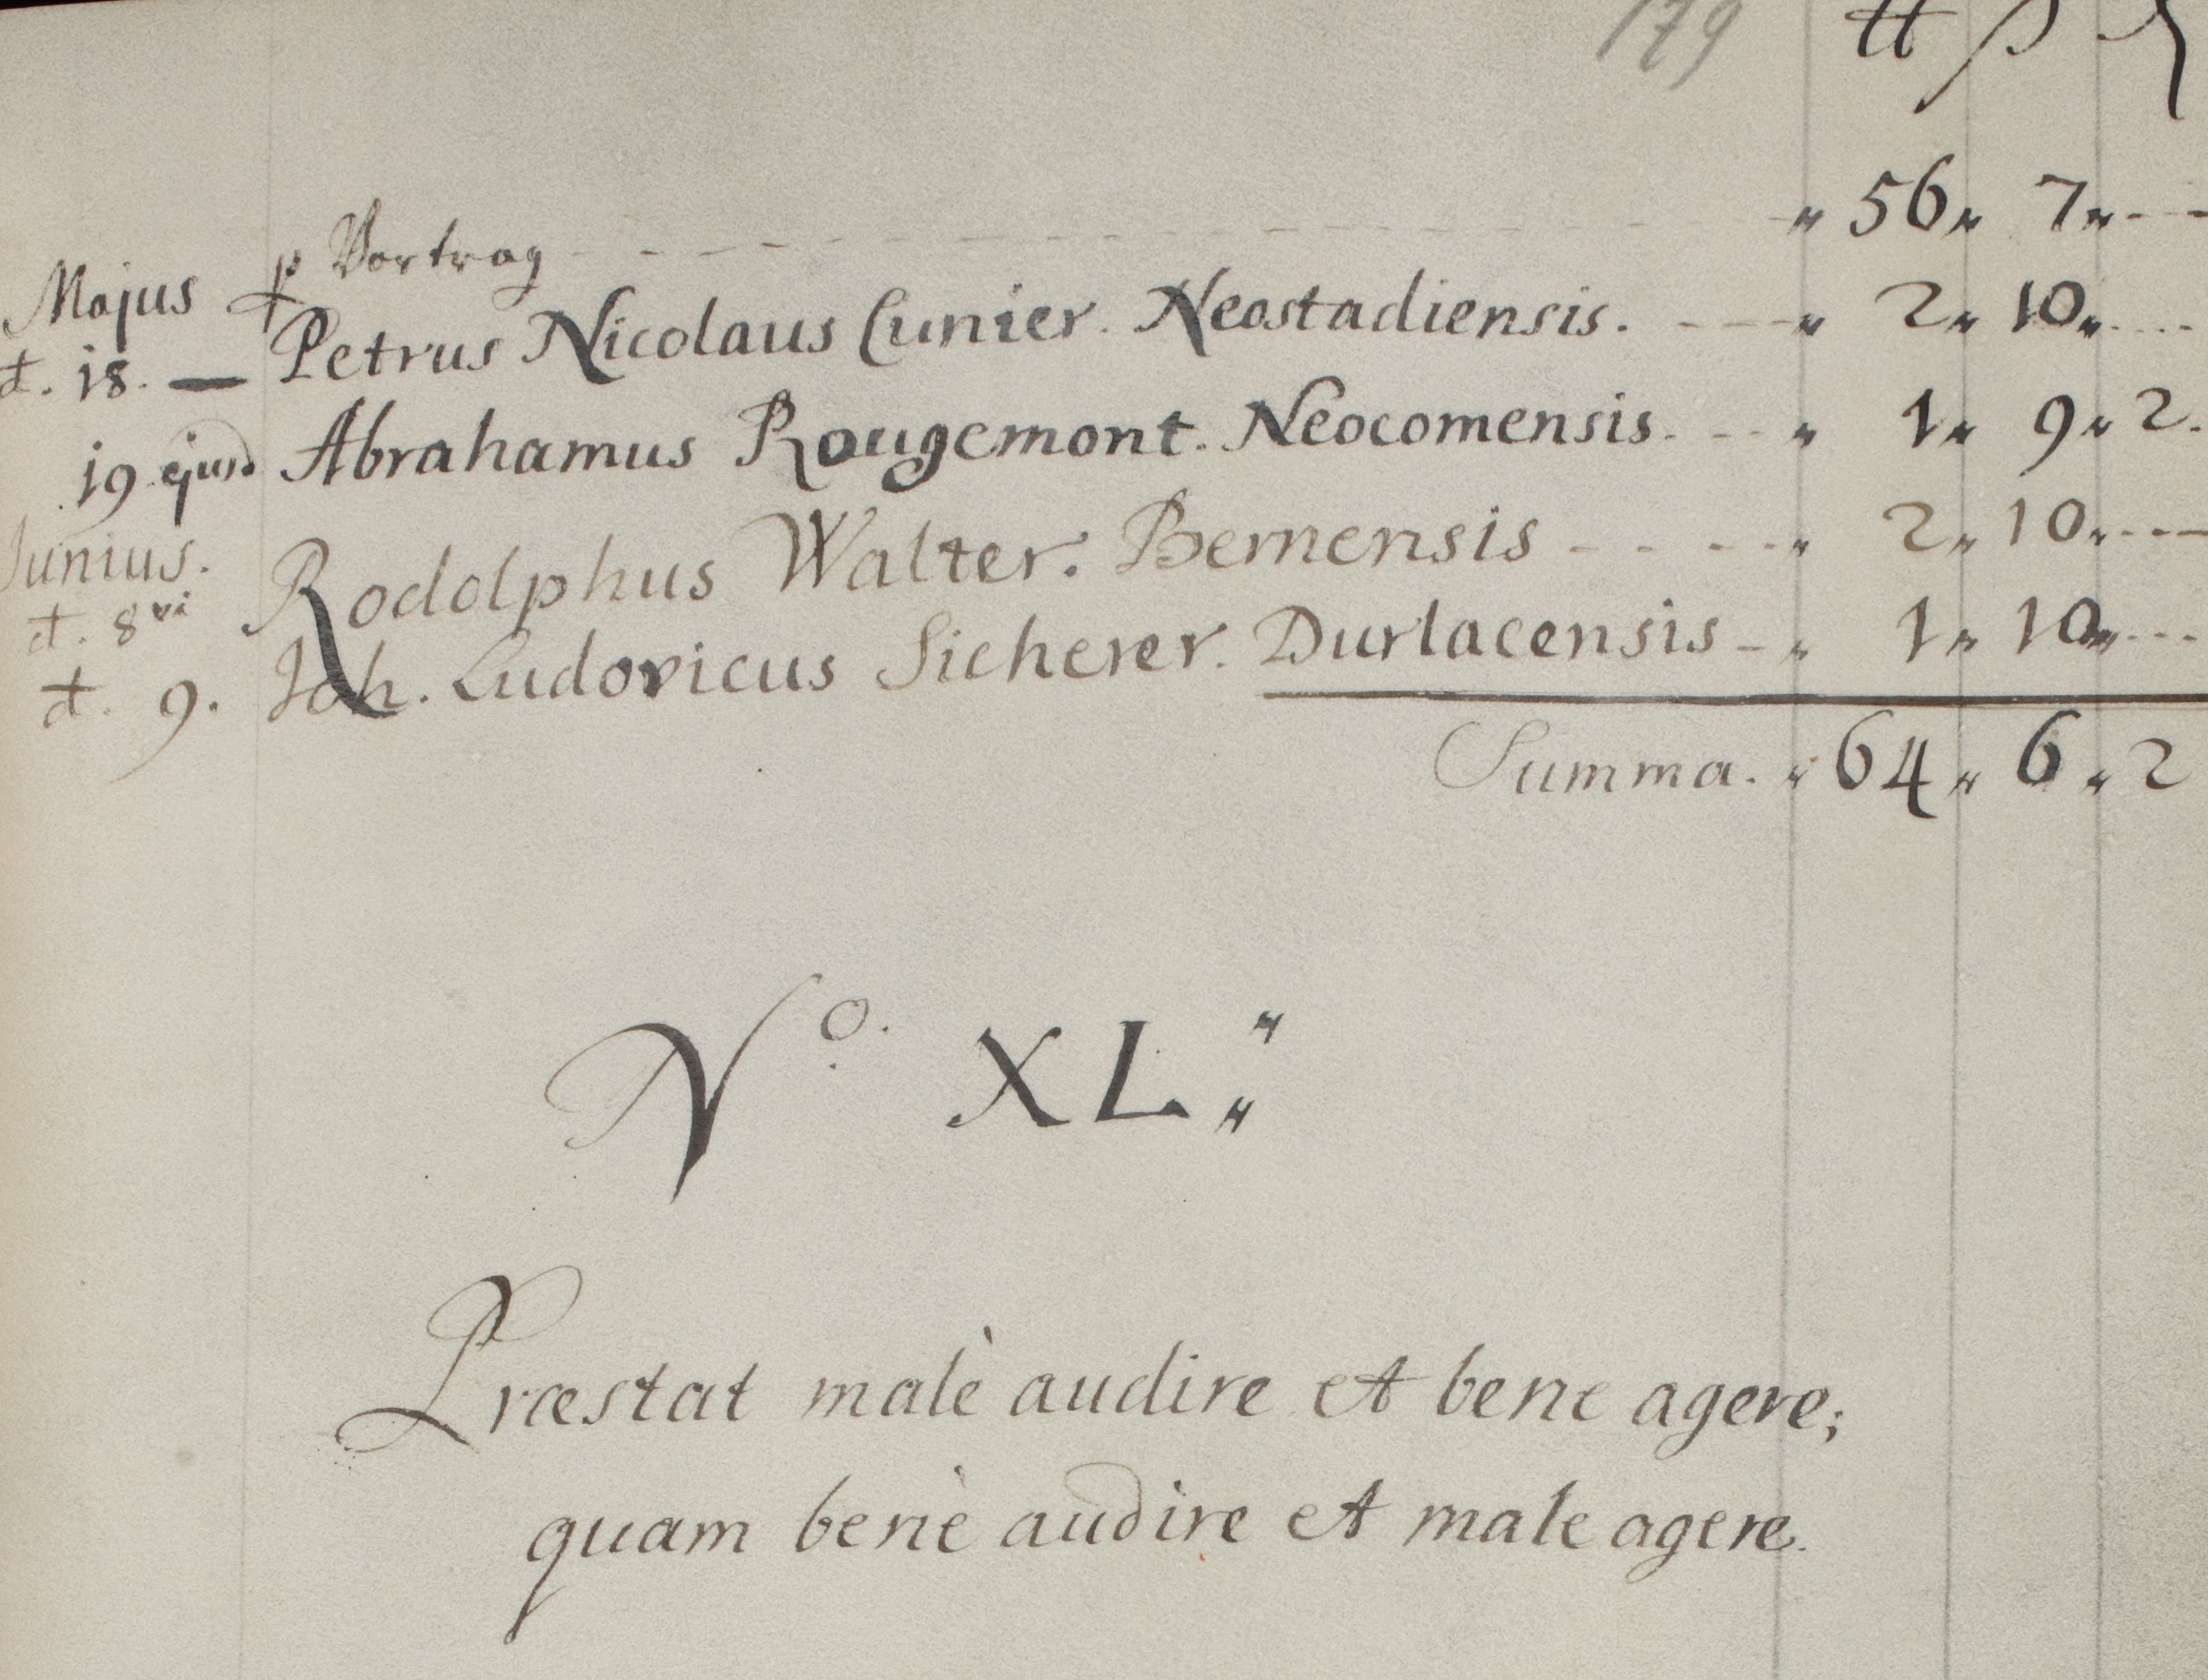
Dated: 1654–1764